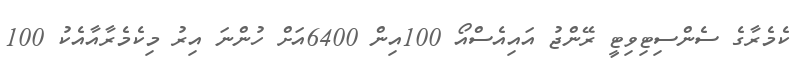
ކެމެރާގެ ސެންސިޓިވިޓީ ރޭންޖު އައިއެސްއޯ 100އިން 6400އަށް ހުންނަ އިރު މިކެމެރާއާއެކު 100